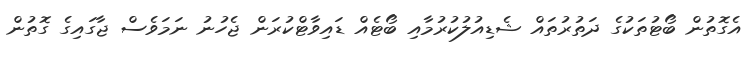
އެގޮތުން ބޯޓުތަކުގެ ދަތުރުތައް ޝެޑިއުލުކުރުމާއި ބޯޓެއް ޑައިވާޓްކުރަން ޖެހުނު ނަމަވެސް ޖާގައިގެ ގޮތުން